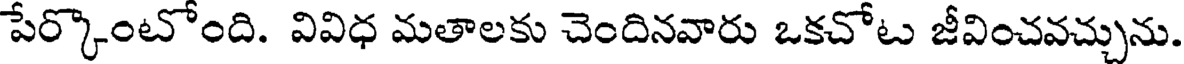
పేర్కొంటోంది. వివిధ మతాలకు చెందినవారు ఒకచోట జీవించవచ్చును.